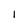
Character: I